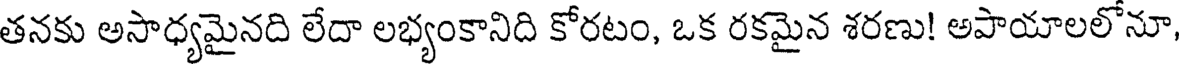
తనకు అసాధ్యమైనది లేదా లభ్యంకానిది కోరటం, ఒక రకమైన శరణు! అపాయాలలోనూ